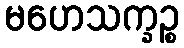
မဟေသက္ခဉ္စ